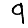
Digit: 9